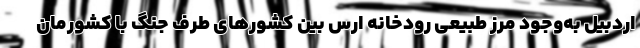
اردبیل به‌وجود مرز طبیعی رودخانه ارس بین کشورهای طرف جنگ با کشورمان